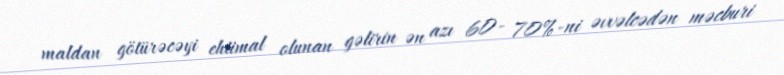
maldan götürəcəyi ehtimal olunan gəlirin ən azı 60- 70%-ni əvvəlcədən məcburi